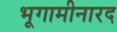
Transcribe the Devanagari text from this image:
भूगामीनारद